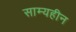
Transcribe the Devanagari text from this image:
साम्यहीन